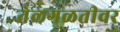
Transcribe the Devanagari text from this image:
तेलगळतीवर